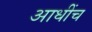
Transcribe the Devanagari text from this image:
आधींच